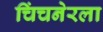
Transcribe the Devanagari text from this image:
चिंचनेरला